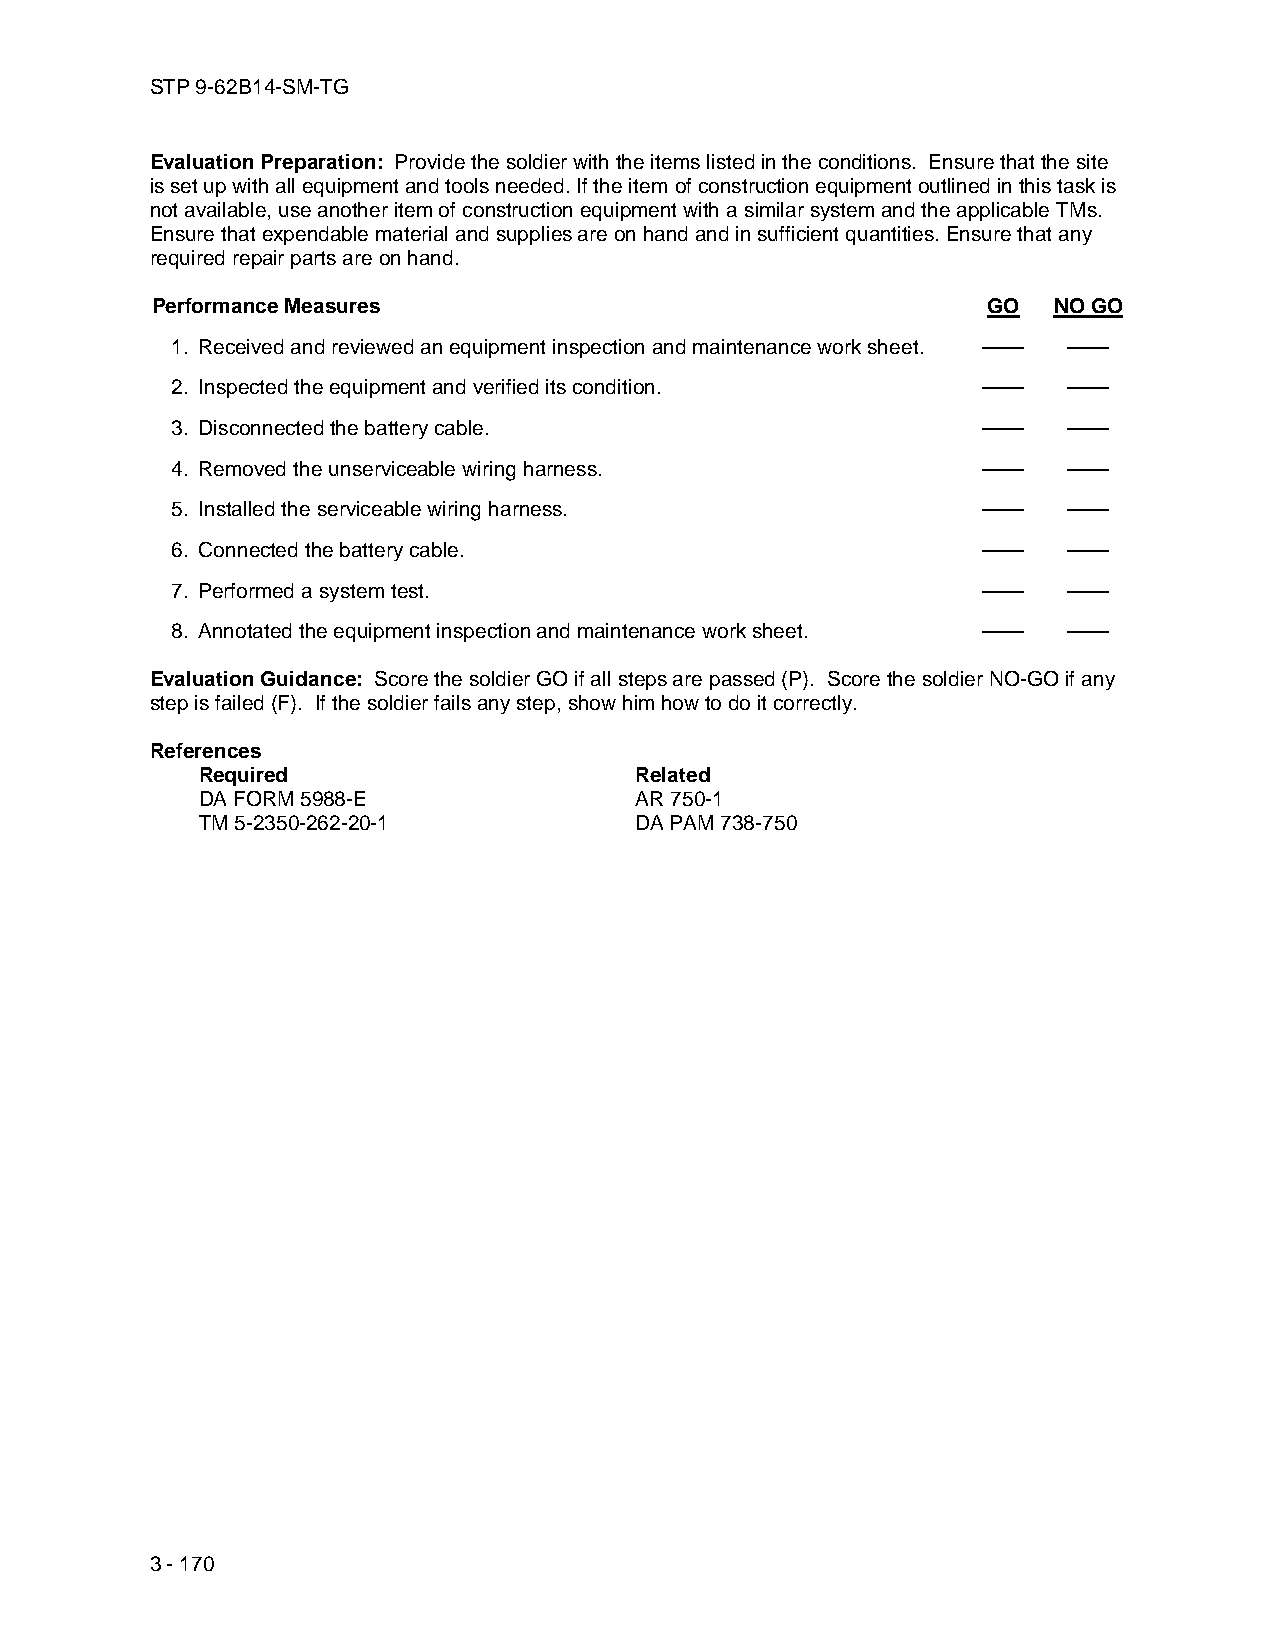
STP 9-62B14-SM-TG
 Evaluation Preparation: Provide the soldier with the items listed in the conditions. Ensure that the site
 is set up with all equipment and tools needed. If the item of construction equipment outlined in this task is
 not available, use another item of construction equipment with a similar system and the applicable TMs.
 Ensure that expendable material and supplies are on hand and in sufficient quantities. Ensure that any
 required repair parts are on hand.
 Performance Measures                                   GO   NO GO
 1. Received and reviewed an equipment inspection and maintenance work sheet. —— ——
 2. Inspected the equipment and verified its condition. ——   ——
 3. Disconnected the battery cable.                    ——    ——
 4. Removed the unserviceable wiring harness.          ——    ——
 5. Installed the serviceable wiring harness.          ——    ——
 6. Connected the battery cable.                       ——    ——
 7. Performed a system test.                           ——    ——
 8. Annotated the equipment inspection and maintenance work sheet. —— ——
 Evaluation Guidance: Score the soldier GO if all steps are passed (P). Score the soldier NO-GO if any
 step is failed (F). If the soldier fails any step, show him how to do it correctly.
 References
 Required                     Related
 DA FORM 5988-E               AR 750-1
 TM 5-2350-262-20-1           DA PAM 738-750
 3 - 170